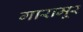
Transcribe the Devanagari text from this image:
गारामूर